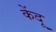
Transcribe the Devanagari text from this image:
केंदू